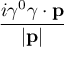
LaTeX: \frac { i \gamma ^ { 0 } \gamma \cdot \mathbf { p } } { | \mathbf { p } | }